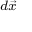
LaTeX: \scriptstyle { d } { \vec { x } }